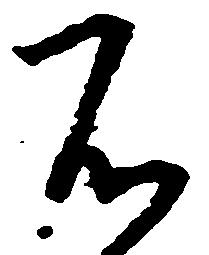
不